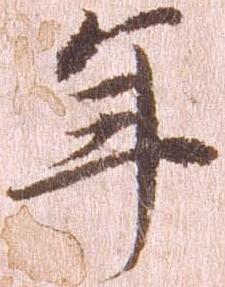
年